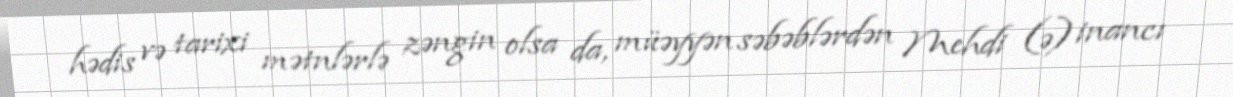
hədis və tarixi mətnlərlə zəngin olsa da, müəyyən səbəblərdən Mehdi (ə) inancı